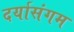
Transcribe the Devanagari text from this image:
दर्यासंगम